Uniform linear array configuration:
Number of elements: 4
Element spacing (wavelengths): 0.25
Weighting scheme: hann
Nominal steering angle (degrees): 30
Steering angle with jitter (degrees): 30.153
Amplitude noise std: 0.05
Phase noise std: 0.05

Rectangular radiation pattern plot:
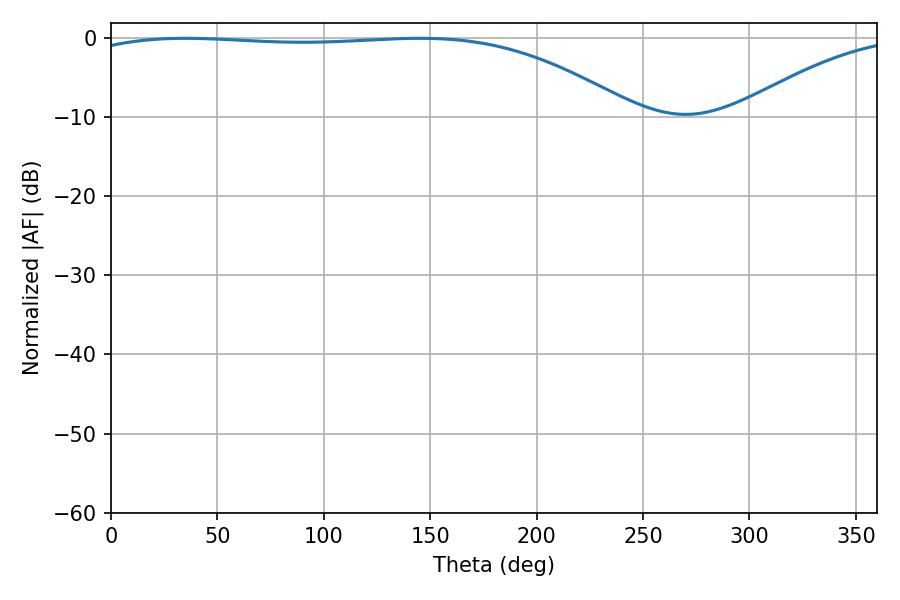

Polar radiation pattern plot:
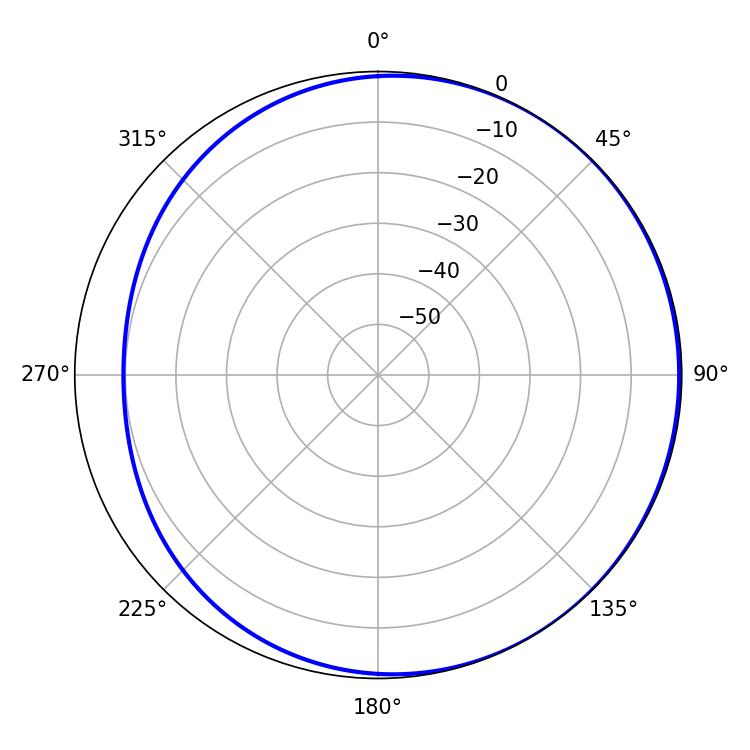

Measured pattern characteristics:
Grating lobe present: FALSE
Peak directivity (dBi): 1.572
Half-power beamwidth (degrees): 205.2
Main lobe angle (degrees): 34.92